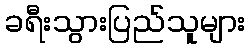
ခရီးသွားပြည်သူများ